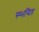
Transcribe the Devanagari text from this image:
स्म्भन्दित